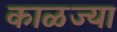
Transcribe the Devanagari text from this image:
काळज्या